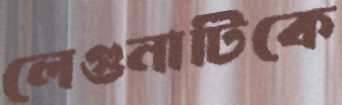
লেগুনাটিকে